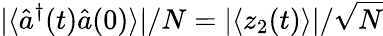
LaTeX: |\langle\hat{a}^{\dagger}(t)\hat{a}(0)\rangle|/N=|\langle z_{2}(t)\rangle|/\sqrt{N}